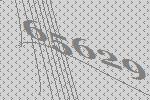
65629